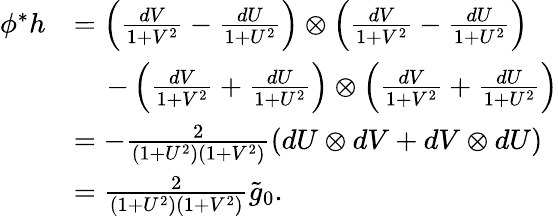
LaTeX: \begin{array}{rl}{\phi^{*}h}&{=\left(\frac{dV}{1+V^{2}}-\frac{dU}{1+U^{2}}\right)\otimes\left(\frac{dV}{1+V^{2}}-\frac{dU}{1+U^{2}}\right)}\\ &{\quad\, -\left(\frac{dV}{1+V^{2}}+\frac{dU}{1+U^{2}}\right)\otimes\left(\frac{dV}{1+V^{2}}+\frac{dU}{1+U^{2}}\right)}\\ &{=-\frac{2}{(1+U^{2})(1+V^{2})}\left(dU\otimes dV+dV\otimes dU\right)}\\ &{=\frac{2}{(1+U^{2})(1+V^{2})}\tilde{g}_{0}.}\end{array}